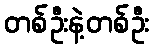
တစ်ဦးနဲ့တစ်ဦး